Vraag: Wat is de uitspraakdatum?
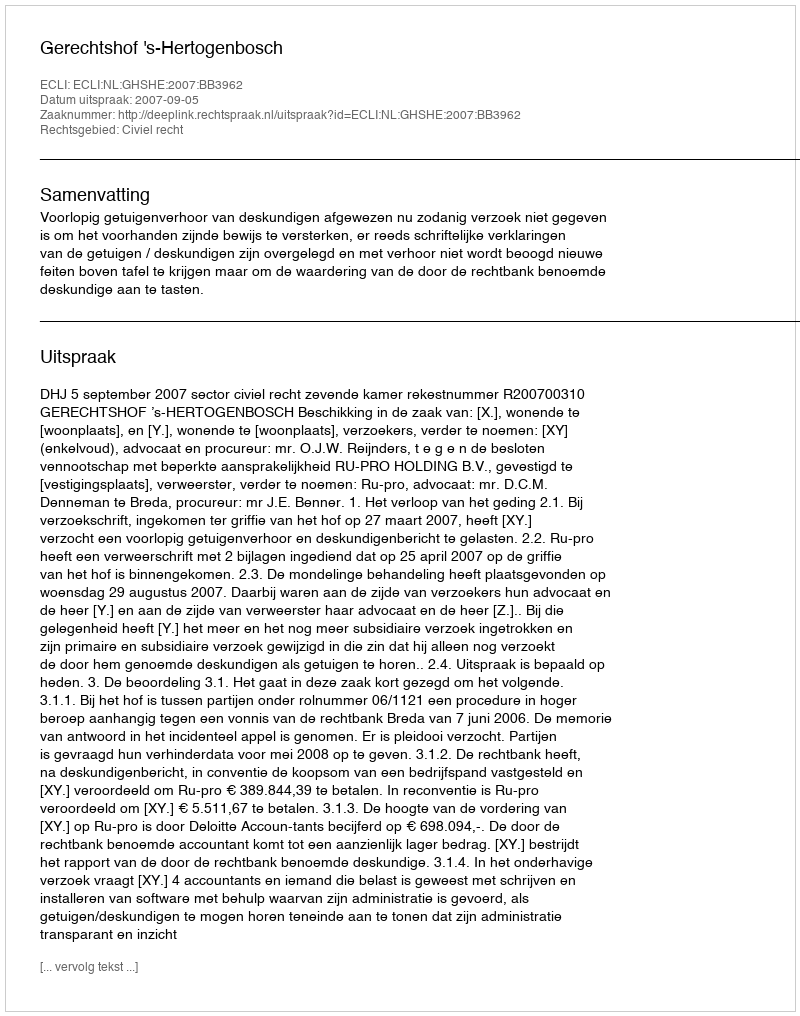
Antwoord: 2007-09-05